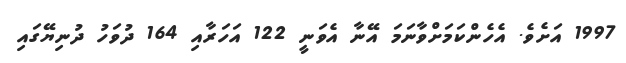
1997 އަށެވެ. އެހެންކަމަށްވާނަމަ އޭނާ އެވަނީ 122 އަހަރާއި 164 ދުވަހު ދުނިޔޭގައި